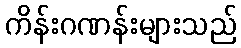
ကိန်းဂဏန်းများသည်